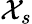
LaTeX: \mathcal{X}_{s}